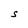
Character: S